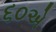
૬૦એ